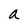
Character: a